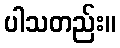
ပါသတည်း။